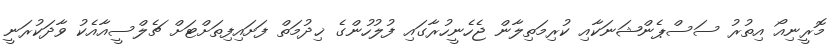
މޮރީނިއޯ އިތުރު ސަސްޕެންޝަނަކާއި ކުރިމަތިލާން ޖެހެނީހުރާގައި ފުލުހުންގެ ޚިދުމަތް ފަށައިފިތަށްޓަށް ޗެލްސީއާއެކު ވާދަކުރަނީ